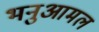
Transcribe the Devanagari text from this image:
भनुआमल